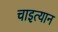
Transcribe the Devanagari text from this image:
चाइत्यान